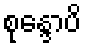
စုန္ဒောပိ